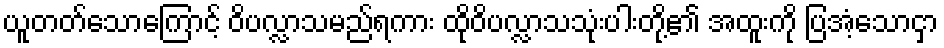
ယူတတ်သောကြောင့် ဝိပလ္လာသမည်ရကား ထိုဝိပလ္လာသသုံးပါးတို့၏ အထူးကို ပြအံ့သောငှာ